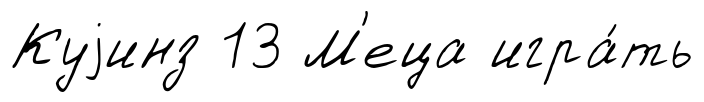
Куjинз 13 М'еца игра́ть